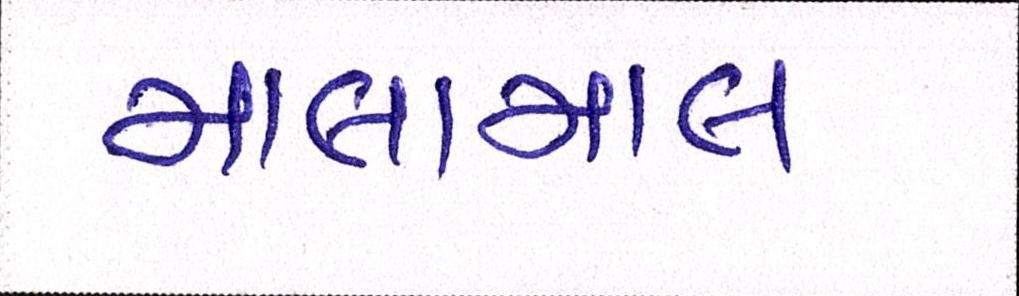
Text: માલામાલ